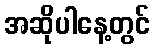
အဆိုပါနေ့တွင်